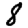
Digit: 8